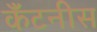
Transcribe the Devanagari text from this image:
कॅंटनीस